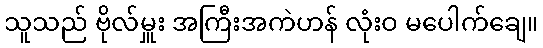
သူသည် ဗိုလ်မှူး အကြီးအကဲဟန် လုံးဝ မပေါက်ချေ။